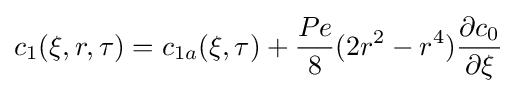
c_{1}(\xi ,r,\tau )=c_{1a}(\xi ,\tau )+{\frac {Pe}{8}}(2r^{2}-r^{4}){\frac {\partial c_{0}}{\partial \xi }}